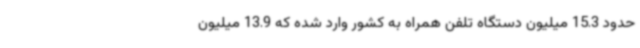
حدود 15.3 میلیون دستگاه تلفن همراه به کشور وارد شده که 13.9 میلیون